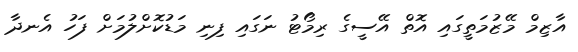
އާޒިމް މޭޒުމަތީގައި އޮތް އޭސީގެ ރިމޯޓު ނަގައި ފިނި މަޑުކޮށްލުމަށް ފަހު އެނދާ